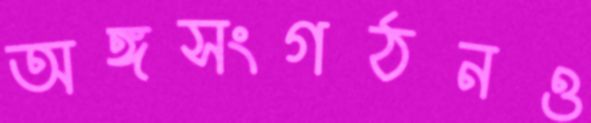
অঙ্গসংগঠনও